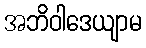
အဘိဝါဒေယျာမ